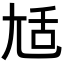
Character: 𡯢